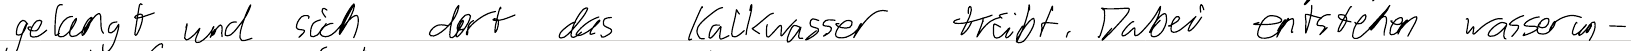
gelangt und sich dort das Kalkwasser trübt. Dabei entstehen wasserun-